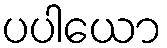
ပပါယော